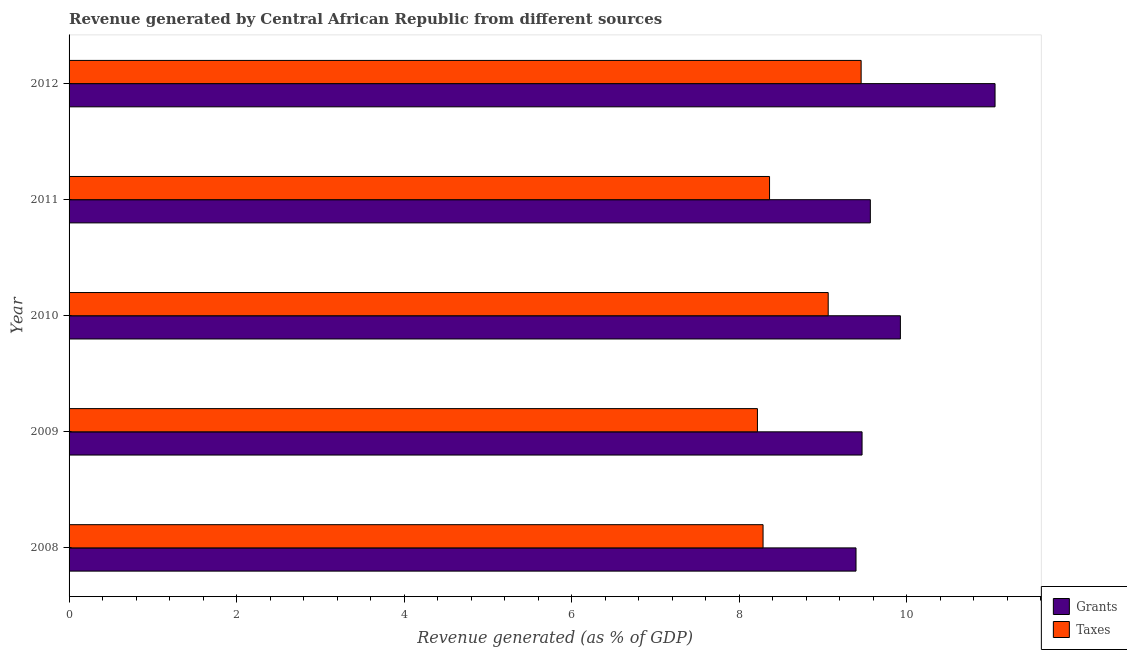
| Year | Grants | Taxes |
 | --- | --- | --- |
 | 2008 | 9.39 | 8.28 |
 | 2009 | 9.47 | 8.22 |
 | 2010 | 9.92 | 9.06 |
 | 2011 | 9.56 | 8.36 |
 | 2012 | 11.1 | 9.46 |